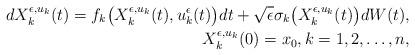
LaTeX: \begin{align*} dX_{k}^{\epsilon,u_k}(t) = f_k\bigl(X_{k}^{\epsilon, u_k}(t), u_{k}^{\epsilon}(t)\bigr) dt + \sqrt{\epsilon} \sigma_k\bigl(X_{k}^{\epsilon, u_k} (t)\bigr) d W(t), \\ X_{k}^{\epsilon,u_k}(0)=x_{0}, k = 1, 2, \ldots, n, \end{align*}